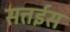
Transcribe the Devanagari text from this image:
सत्तईस